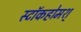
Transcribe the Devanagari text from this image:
स्टॉकहोमश्